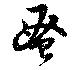
蚤